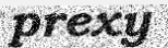
prexy